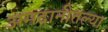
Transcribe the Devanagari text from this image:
अमदानीतल्या